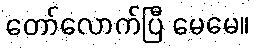
တော်လောက်ပြီ မေမေ။